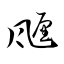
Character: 甅